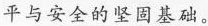
平与安全的坚固基础。